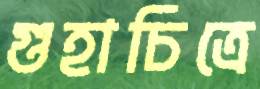
গুহাচিত্রে